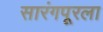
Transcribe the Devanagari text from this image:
सारंगपूरला